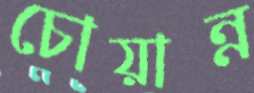
চোয়ান্ন